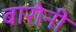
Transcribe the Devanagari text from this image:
बारोनी